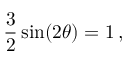
{ \frac { 3 } { 2 } } \sin ( 2 \theta ) = 1 \, ,